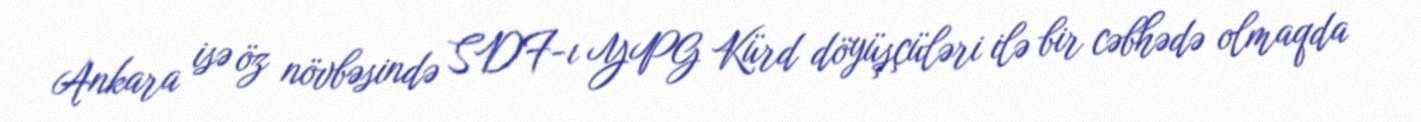
Ankara isə öz növbəsində SDF-ı YPG Kürd döyüşçüləri ilə bir cəbhədə olmaqda